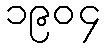
၁၉၀၄